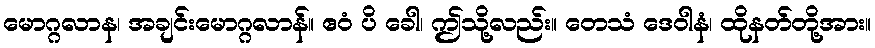
မောဂ္ဂလာန၊ အချင်းမောဂ္ဂလာန်။ ဧဝံ ပိ ခေါ၊ ဤသို့လည်း။ တေသံ ဒေဝါနံ၊ ထိုနတ်တို့အား။